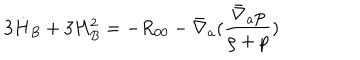
3 \dot { H } _ { B } + 3 H _ { B } ^ { 2 } = - R _ { 0 0 } - \bar { \nabla } _ { a } ( \frac { \bar { \nabla } _ { a } p } { \rho + p } )